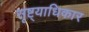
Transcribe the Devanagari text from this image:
सृष्ट्याधिकार